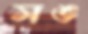
সঙ